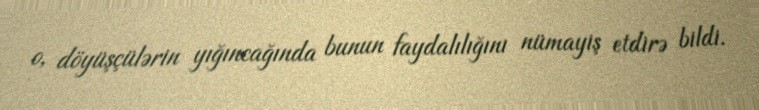
o, döyüşçülərin yığıncağında bunun faydalılığını nümayiş etdirə bildi.